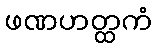
ဖဏဟတ္ထကံ